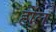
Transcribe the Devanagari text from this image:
होंल